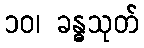
၁၀၊ ခန္ဓသုတ်